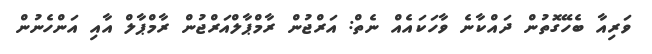
ވަރިއާ ބެހޭގޮތުން ދައްކާނެ ވާހަކައެއް ނެތް: އަރްޖުން ރާމްޕާލްއަރްޖުން ރާމްޕާލް އާއި އަންހެނުން